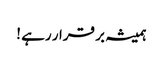
ہمیشہ بر قرار رہے !